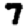
Digit: 7